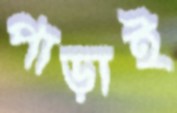
পাড়াই